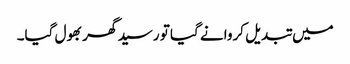
میں تبدیل کروانے گیا تو رسید گھر بھول گیا۔